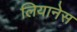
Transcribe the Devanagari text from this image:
लियानेस